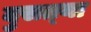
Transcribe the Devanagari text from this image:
दुसत्‍या